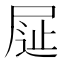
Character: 𡱦